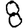
Digit: 8